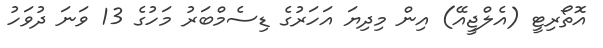
އޮތޯރިޓީ (އެލްޖީއޭ) އިން މިދިޔަ އަހަރުގެ ޑިސެމްބަރު މަހުގެ 13 ވަނަ ދުވަހު